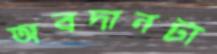
অবদানটা